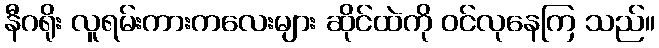
နီဂရိုး လူရမ်းကားကလေးများ ဆိုင်ထဲကို ဝင်လုနေကြ သည်။